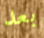
بعد